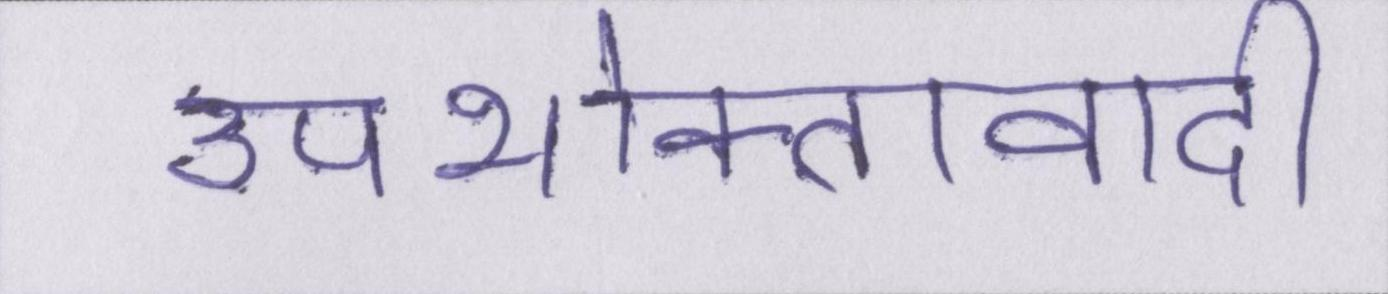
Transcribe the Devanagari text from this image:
उपभोक्तावादी